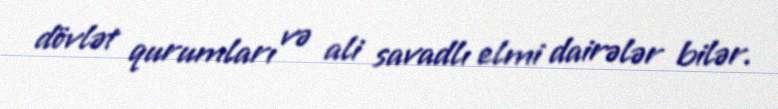
dövlət qurumları və ali savadlı elmi dairələr bilər.